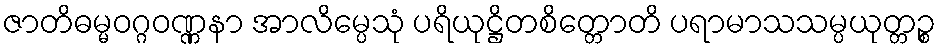
ဇာတိဓမ္မဝဂ္ဂဝဏ္ဏနာ အာလိမ္ပေသုံ ပရိယုဋ္ဌိတစိတ္တောတိ ပရာမာသသမ္ပယုတ္တဉ္စ